画像に写った文字を読んでください
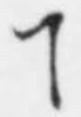
「ヿ」と書いてあります